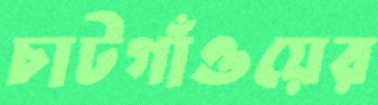
চাটগাঁওয়ের